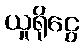
ယူရိုငွေ